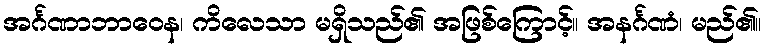
အင်္ဂဏာဘာဝေန၊ ကိလေသာ မရှိသည်၏ အဖြစ်ကြောင့်။ အနင်္ဂဏံ၊ မည်၏။